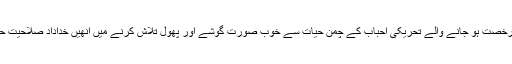
دنیا سے رخصت ہو جانے والے تحریکی احباب کے چمن حیات سے خوب صورت گوشے اور پھول تلاش کرنے میں انھیں خداداد صلاحیت حاصل ہے۔